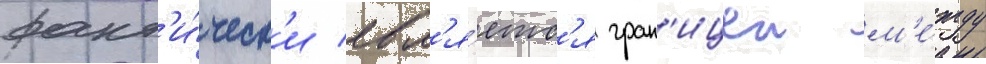
факт'и́ческ'и явл'я́етс'я гран'ицеи м'е́жду